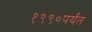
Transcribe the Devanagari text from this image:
१९९०पर्यंत